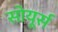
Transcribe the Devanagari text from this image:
सोयूर्स